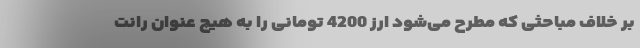
بر خلاف مباحثی که مطرح می‌شود ارز 4200 تومانی را به هیچ عنوان رانت